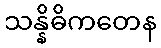
သန္နိဓိကတေန